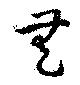
無